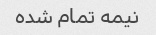
نیمه تمام شده